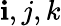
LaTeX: \mathbf{i},j,k